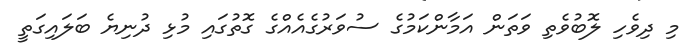
މި ދިވެހި ލޮބުވެތި ވަތަން އަމާންކަމުގެ ސުވަރުގެއެއްގެ ގޮތުގައި މުޅި ދުނިޔެ ބަލައިގަތީ